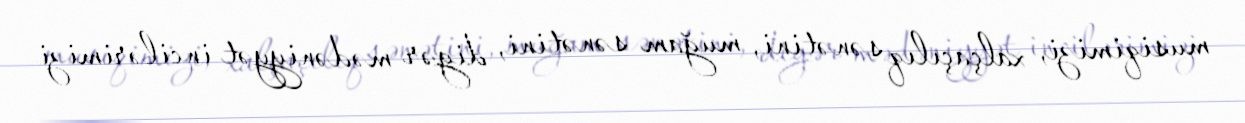
musiqimizi, xalçaçılıq sənətini, muğam sənətini, digər mədəniyyət incilərimizi